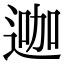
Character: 𨔗